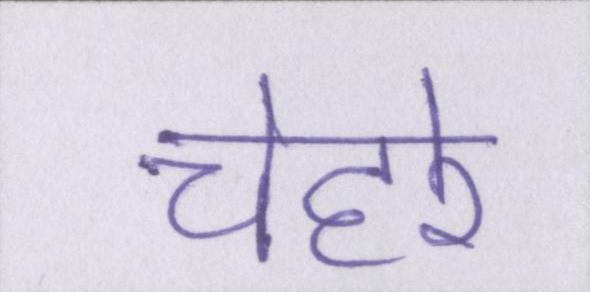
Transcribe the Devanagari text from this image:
चेहरे